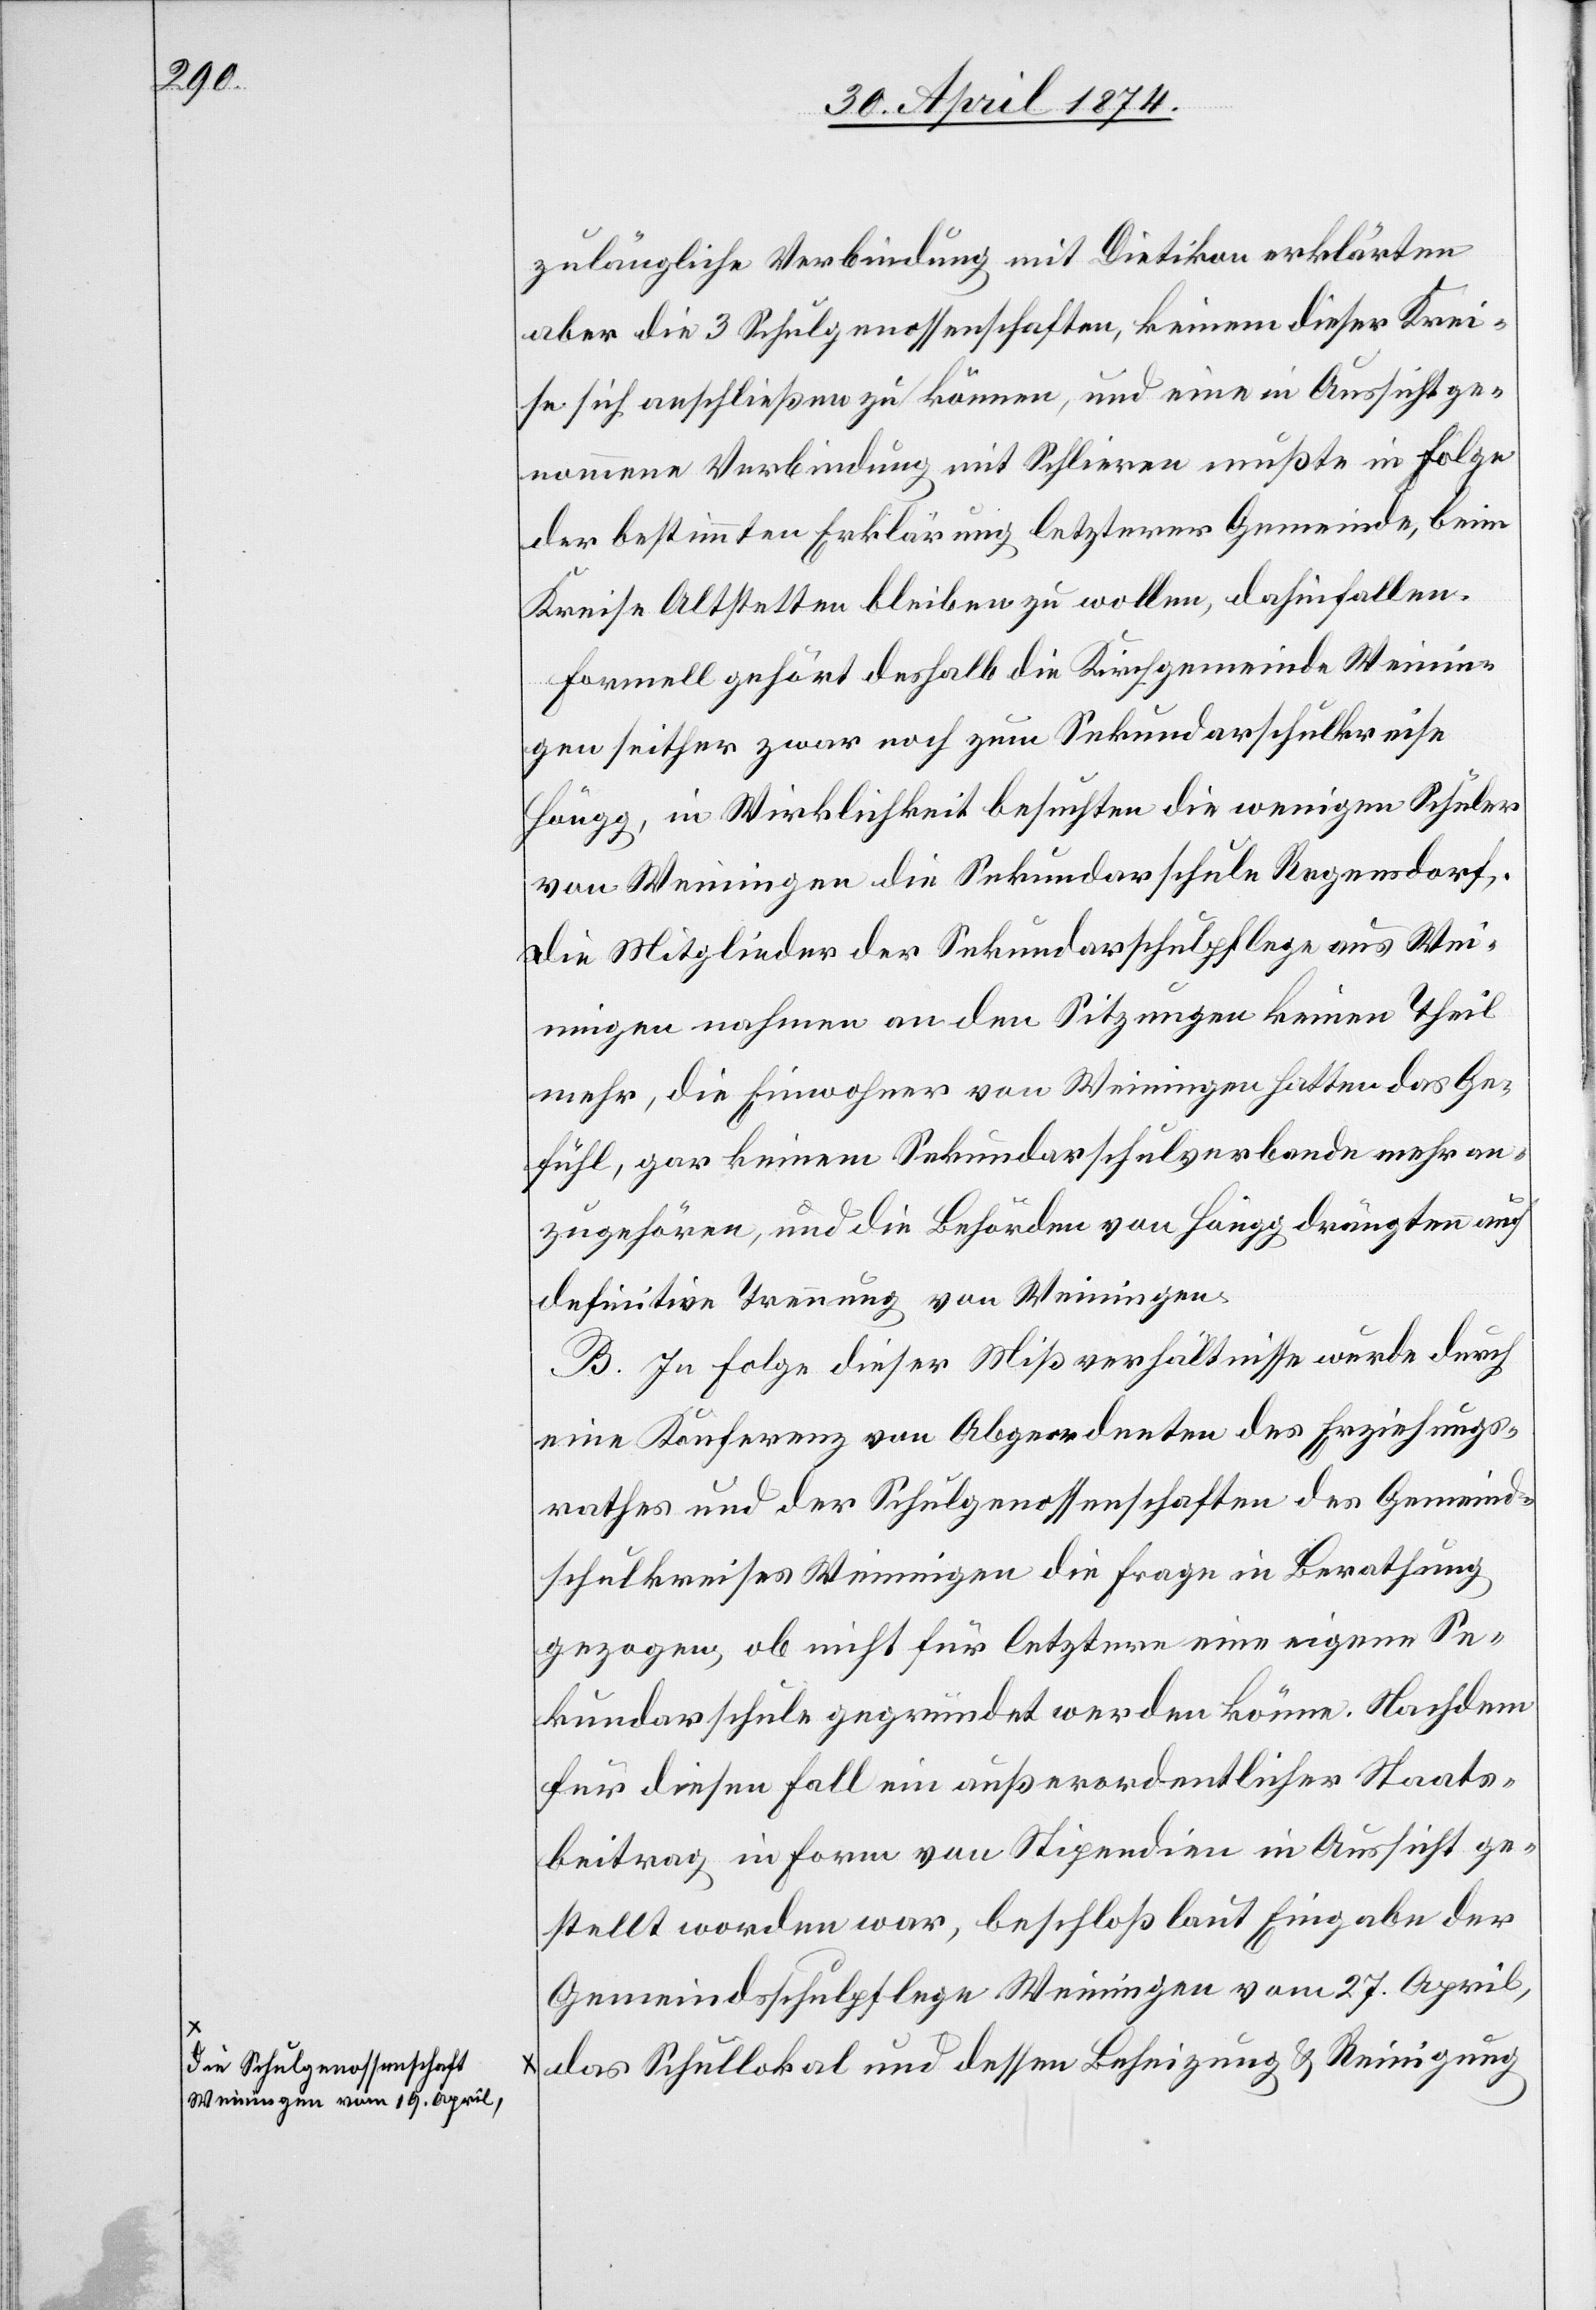
a-die Schulgenossenschaft
Weiningen vom 19. Apri¬

zulängliche Verbindung mit Dietikon erklärten
aber die 3 Schulgenossenschaften, keinem dieser Krei¬
se sich anschließen zu können, und eine in Aussicht ge¬
nommene Verbindung mit Schlieren müßte in Folge
der bestimmten Erklärung letzterer Gemeinde, beim
Kreise Altstetten bleiben zu wollen, dahinfallen.
Formell gehört deshalb die Kirchgemeinde Weinin¬
gen seither zwar noch zum Sekundarschulkreise
Höngg, in Wirklichkeit besuchten die wenigen Schüler
von Weiningen die Sekundarschule Regensdorf.
Die Mitglieder der Sekundarschulpflege aus Wei¬
ningen nahmen an den Sitzungen keinen Theil
mehr, die Einwohner von Weiningen hatten das Ge¬
fühl, gar keinem Sekundarschulverbande mehr an¬
zugehören, und die Behörden von Höngg drängten auf
definitive Trennung von Weiningen.
B. In Folge dieser Mißverhältnisse wurde durch
eine Konferenz von Abgeordneten des Erziehungs¬
rathes und der Schulgenossenschaften des Gemeind¬
schulkreises Weiningen die Frage in Berathung
gezogen, ob nicht für letztere eine eigene Se¬
kundarschule gegründet werden könne. Nachdem
für diesen Fall ein außerordentlicher Staats¬
beitrag in Form von Stipendien in Aussicht ge¬
stellt worden war, beschloß laut Eingabe der
Gemeindschulpflege Weiningen vom 27. April,
l-a, das Schullokal und dessen Beheizung u. Reinigung